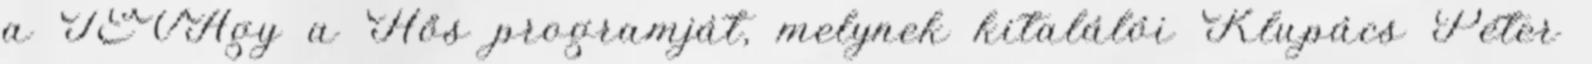
a TEVAgy a Hős programját, melynek kitalálói Klupács Péter